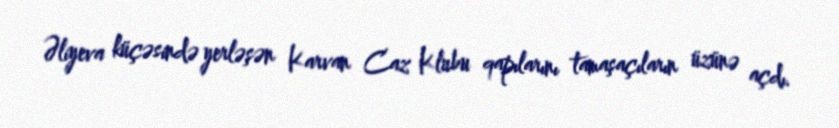
Əliyeva küçəsində yerləşən Karvan Caz Klubu qapılarını tamaşaçıların üzünə açdı.